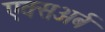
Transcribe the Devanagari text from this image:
एक्सअर्ब